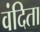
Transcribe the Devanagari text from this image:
वंदिता